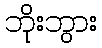
ဘိုးဘွား